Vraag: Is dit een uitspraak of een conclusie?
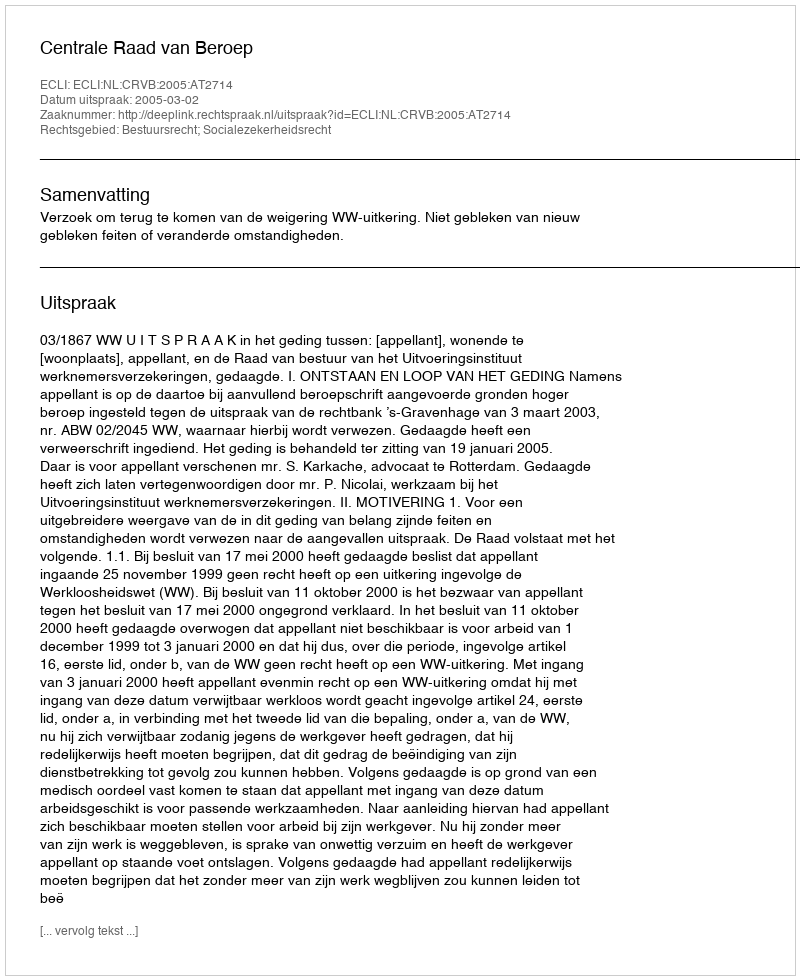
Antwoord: Uitspraak